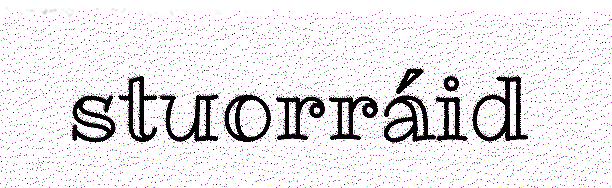
stuorráid